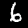
Label: 6